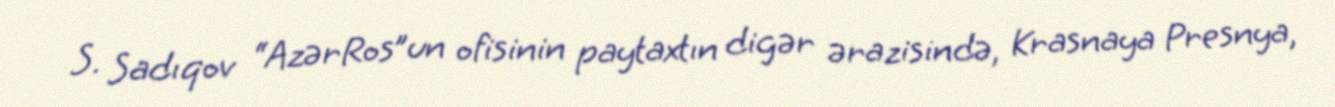
S. Sadıqov “AzərRos”un ofisinin paytaxtın digər ərazisində, Krasnaya Presnya,